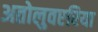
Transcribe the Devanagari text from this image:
अतोलुवएरिया